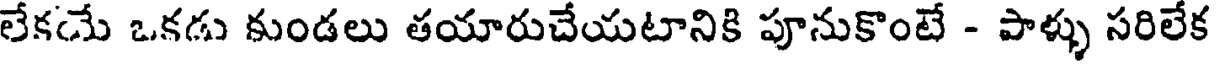
లేకయే ఒకడు కుండలు తయారుచేయటానికి పూనుకొంటే - పాళ్ళు సరిలేక